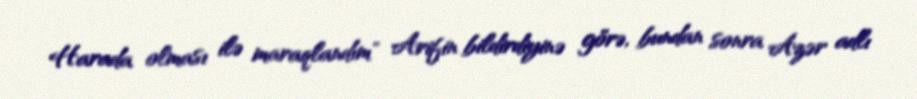
Harada olması ilə maraqlandım" Arifin bildirdiyinə görə, bundan sonra Azər adlı